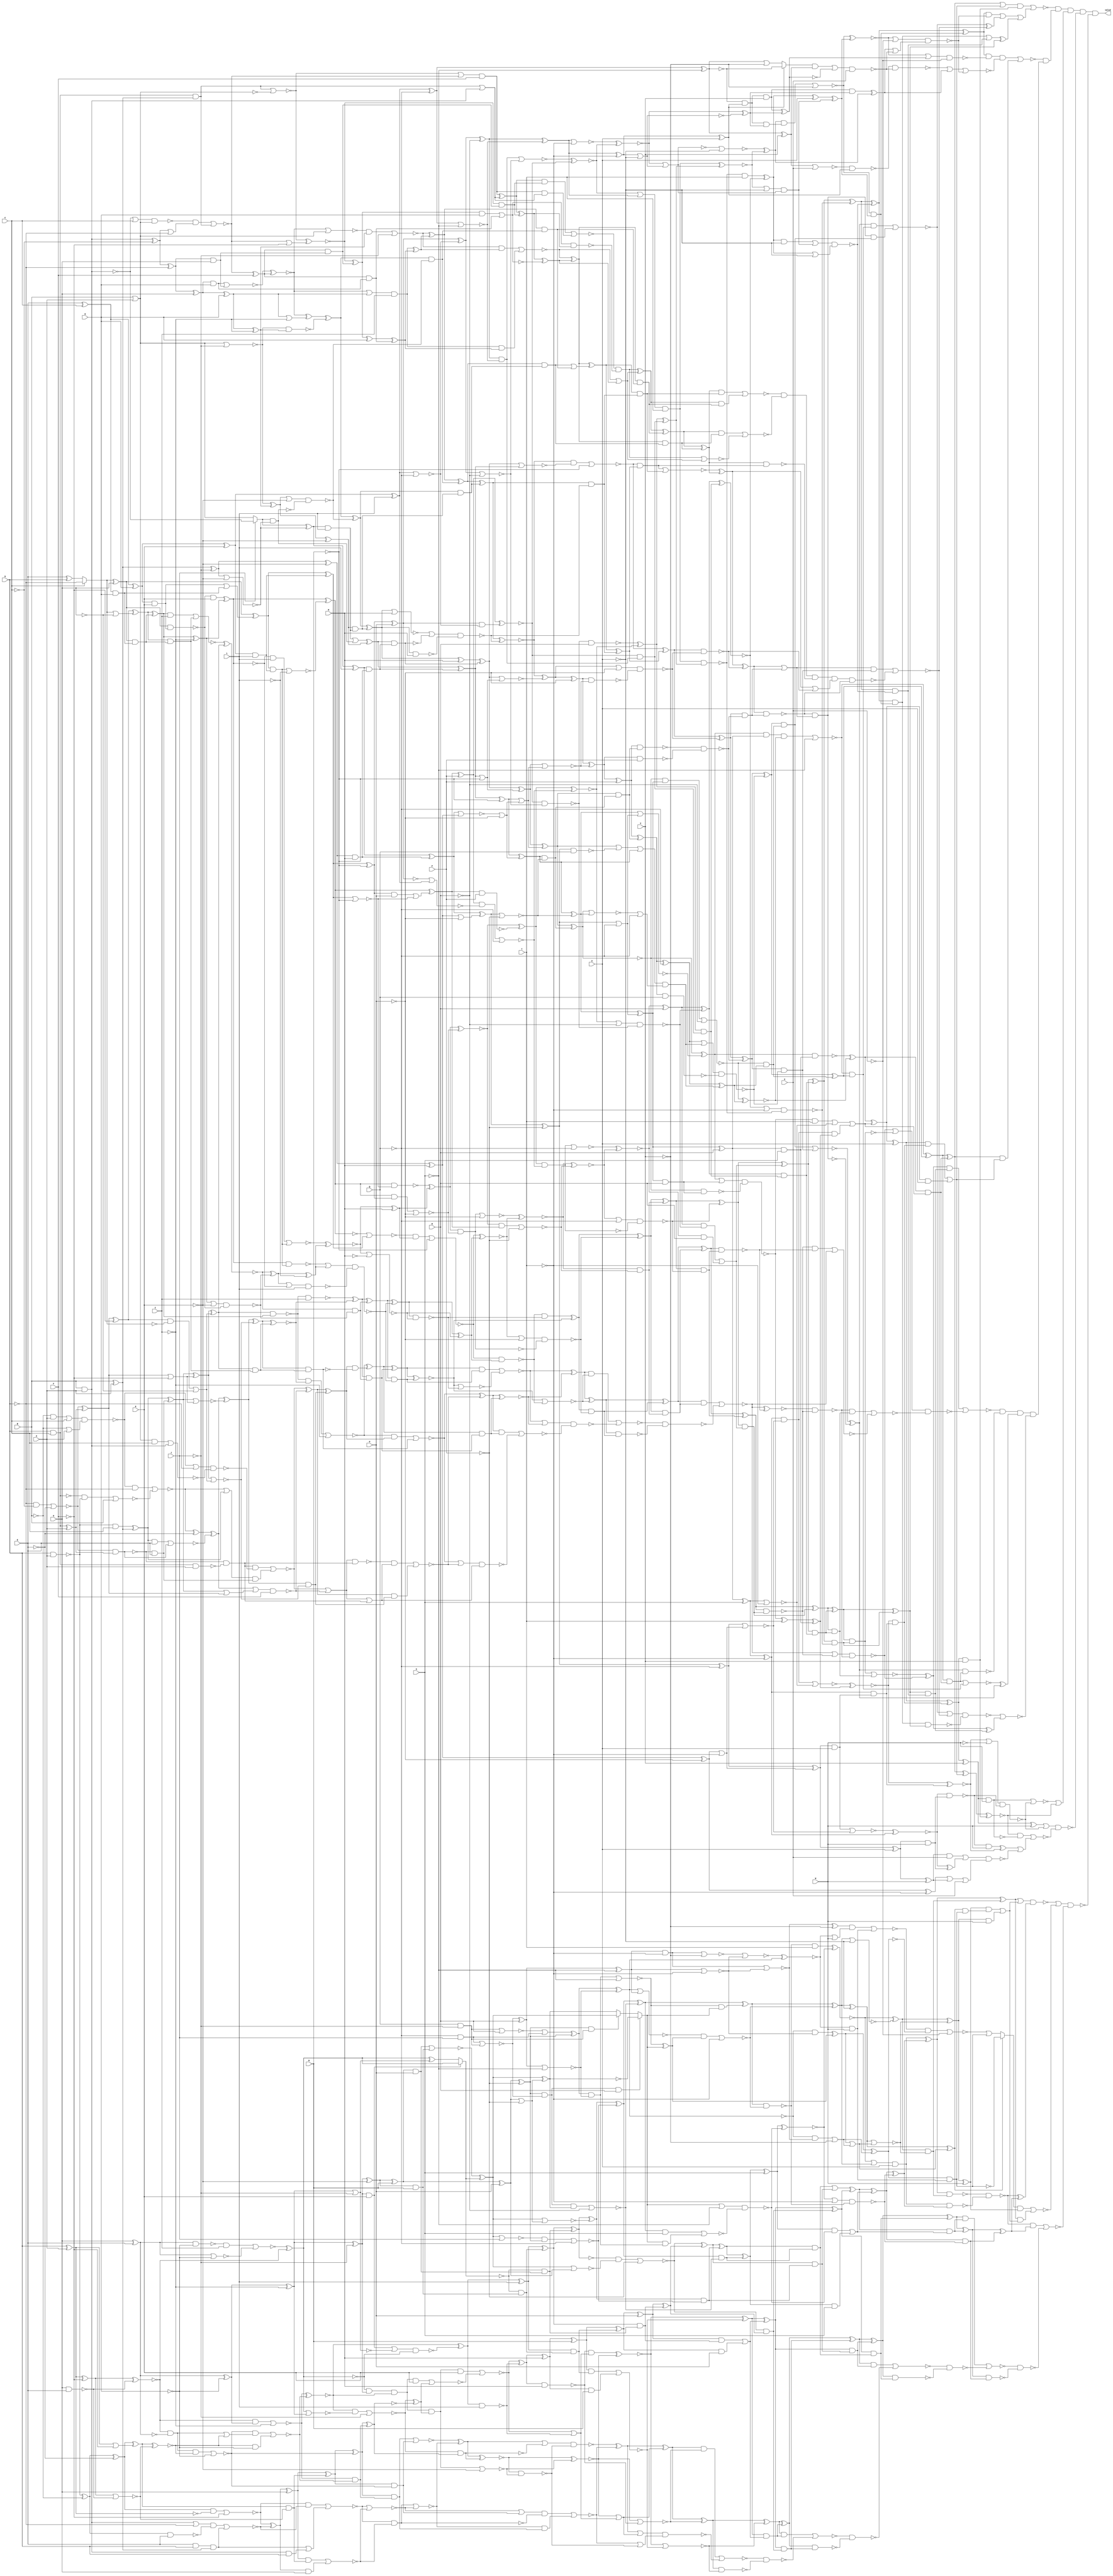
/* Generated by Yosys 0.7 (git sha1 61f6811, gcc 5.4.0-6ubuntu1~16.04.4 -O2 -fstack-protector-strong -fPIC -Os) */

(* top =  1  *)
(* src = "var24_multi.v:2" *)
module var24_multi(A, B, C, D, E, F, G, H, I, J, K, L, M, N, O, P, Q, R, S, T, U, V, W, X, valid);
  wire _0000_;
  wire _0001_;
  wire _0002_;
  wire _0003_;
  wire _0004_;
  wire _0005_;
  wire _0006_;
  wire _0007_;
  wire _0008_;
  wire _0009_;
  wire _0010_;
  wire _0011_;
  wire _0012_;
  wire _0013_;
  wire _0014_;
  wire _0015_;
  wire _0016_;
  wire _0017_;
  wire _0018_;
  wire _0019_;
  wire _0020_;
  wire _0021_;
  wire _0022_;
  wire _0023_;
  wire _0024_;
  wire _0025_;
  wire _0026_;
  wire _0027_;
  wire _0028_;
  wire _0029_;
  wire _0030_;
  wire _0031_;
  wire _0032_;
  wire _0033_;
  wire _0034_;
  wire _0035_;
  wire _0036_;
  wire _0037_;
  wire _0038_;
  wire _0039_;
  wire _0040_;
  wire _0041_;
  wire _0042_;
  wire _0043_;
  wire _0044_;
  wire _0045_;
  wire _0046_;
  wire _0047_;
  wire _0048_;
  wire _0049_;
  wire _0050_;
  wire _0051_;
  wire _0052_;
  wire _0053_;
  wire _0054_;
  wire _0055_;
  wire _0056_;
  wire _0057_;
  wire _0058_;
  wire _0059_;
  wire _0060_;
  wire _0061_;
  wire _0062_;
  wire _0063_;
  wire _0064_;
  wire _0065_;
  wire _0066_;
  wire _0067_;
  wire _0068_;
  wire _0069_;
  wire _0070_;
  wire _0071_;
  wire _0072_;
  wire _0073_;
  wire _0074_;
  wire _0075_;
  wire _0076_;
  wire _0077_;
  wire _0078_;
  wire _0079_;
  wire _0080_;
  wire _0081_;
  wire _0082_;
  wire _0083_;
  wire _0084_;
  wire _0085_;
  wire _0086_;
  wire _0087_;
  wire _0088_;
  wire _0089_;
  wire _0090_;
  wire _0091_;
  wire _0092_;
  wire _0093_;
  wire _0094_;
  wire _0095_;
  wire _0096_;
  wire _0097_;
  wire _0098_;
  wire _0099_;
  wire _0100_;
  wire _0101_;
  wire _0102_;
  wire _0103_;
  wire _0104_;
  wire _0105_;
  wire _0106_;
  wire _0107_;
  wire _0108_;
  wire _0109_;
  wire _0110_;
  wire _0111_;
  wire _0112_;
  wire _0113_;
  wire _0114_;
  wire _0115_;
  wire _0116_;
  wire _0117_;
  wire _0118_;
  wire _0119_;
  wire _0120_;
  wire _0121_;
  wire _0122_;
  wire _0123_;
  wire _0124_;
  wire _0125_;
  wire _0126_;
  wire _0127_;
  wire _0128_;
  wire _0129_;
  wire _0130_;
  wire _0131_;
  wire _0132_;
  wire _0133_;
  wire _0134_;
  wire _0135_;
  wire _0136_;
  wire _0137_;
  wire _0138_;
  wire _0139_;
  wire _0140_;
  wire _0141_;
  wire _0142_;
  wire _0143_;
  wire _0144_;
  wire _0145_;
  wire _0146_;
  wire _0147_;
  wire _0148_;
  wire _0149_;
  wire _0150_;
  wire _0151_;
  wire _0152_;
  wire _0153_;
  wire _0154_;
  wire _0155_;
  wire _0156_;
  wire _0157_;
  wire _0158_;
  wire _0159_;
  wire _0160_;
  wire _0161_;
  wire _0162_;
  wire _0163_;
  wire _0164_;
  wire _0165_;
  wire _0166_;
  wire _0167_;
  wire _0168_;
  wire _0169_;
  wire _0170_;
  wire _0171_;
  wire _0172_;
  wire _0173_;
  wire _0174_;
  wire _0175_;
  wire _0176_;
  wire _0177_;
  wire _0178_;
  wire _0179_;
  wire _0180_;
  wire _0181_;
  wire _0182_;
  wire _0183_;
  wire _0184_;
  wire _0185_;
  wire _0186_;
  wire _0187_;
  wire _0188_;
  wire _0189_;
  wire _0190_;
  wire _0191_;
  wire _0192_;
  wire _0193_;
  wire _0194_;
  wire _0195_;
  wire _0196_;
  wire _0197_;
  wire _0198_;
  wire _0199_;
  wire _0200_;
  wire _0201_;
  wire _0202_;
  wire _0203_;
  wire _0204_;
  wire _0205_;
  wire _0206_;
  wire _0207_;
  wire _0208_;
  wire _0209_;
  wire _0210_;
  wire _0211_;
  wire _0212_;
  wire _0213_;
  wire _0214_;
  wire _0215_;
  wire _0216_;
  wire _0217_;
  wire _0218_;
  wire _0219_;
  wire _0220_;
  wire _0221_;
  wire _0222_;
  wire _0223_;
  wire _0224_;
  wire _0225_;
  wire _0226_;
  wire _0227_;
  wire _0228_;
  wire _0229_;
  wire _0230_;
  wire _0231_;
  wire _0232_;
  wire _0233_;
  wire _0234_;
  wire _0235_;
  wire _0236_;
  wire _0237_;
  wire _0238_;
  wire _0239_;
  wire _0240_;
  wire _0241_;
  wire _0242_;
  wire _0243_;
  wire _0244_;
  wire _0245_;
  wire _0246_;
  wire _0247_;
  wire _0248_;
  wire _0249_;
  wire _0250_;
  wire _0251_;
  wire _0252_;
  wire _0253_;
  wire _0254_;
  wire _0255_;
  wire _0256_;
  wire _0257_;
  wire _0258_;
  wire _0259_;
  wire _0260_;
  wire _0261_;
  wire _0262_;
  wire _0263_;
  wire _0264_;
  wire _0265_;
  wire _0266_;
  wire _0267_;
  wire _0268_;
  wire _0269_;
  wire _0270_;
  wire _0271_;
  wire _0272_;
  wire _0273_;
  wire _0274_;
  wire _0275_;
  wire _0276_;
  wire _0277_;
  wire _0278_;
  wire _0279_;
  wire _0280_;
  wire _0281_;
  wire _0282_;
  wire _0283_;
  wire _0284_;
  wire _0285_;
  wire _0286_;
  wire _0287_;
  wire _0288_;
  wire _0289_;
  wire _0290_;
  wire _0291_;
  wire _0292_;
  wire _0293_;
  wire _0294_;
  wire _0295_;
  wire _0296_;
  wire _0297_;
  wire _0298_;
  wire _0299_;
  wire _0300_;
  wire _0301_;
  wire _0302_;
  wire _0303_;
  wire _0304_;
  wire _0305_;
  wire _0306_;
  wire _0307_;
  wire _0308_;
  wire _0309_;
  wire _0310_;
  wire _0311_;
  wire _0312_;
  wire _0313_;
  wire _0314_;
  wire _0315_;
  wire _0316_;
  wire _0317_;
  wire _0318_;
  wire _0319_;
  wire _0320_;
  wire _0321_;
  wire _0322_;
  wire _0323_;
  wire _0324_;
  wire _0325_;
  wire _0326_;
  wire _0327_;
  wire _0328_;
  wire _0329_;
  wire _0330_;
  wire _0331_;
  wire _0332_;
  wire _0333_;
  wire _0334_;
  wire _0335_;
  wire _0336_;
  wire _0337_;
  wire _0338_;
  wire _0339_;
  wire _0340_;
  wire _0341_;
  wire _0342_;
  wire _0343_;
  wire _0344_;
  wire _0345_;
  wire _0346_;
  wire _0347_;
  wire _0348_;
  wire _0349_;
  wire _0350_;
  wire _0351_;
  wire _0352_;
  wire _0353_;
  wire _0354_;
  wire _0355_;
  wire _0356_;
  wire _0357_;
  wire _0358_;
  wire _0359_;
  wire _0360_;
  wire _0361_;
  wire _0362_;
  wire _0363_;
  wire _0364_;
  wire _0365_;
  wire _0366_;
  wire _0367_;
  wire _0368_;
  wire _0369_;
  wire _0370_;
  wire _0371_;
  wire _0372_;
  wire _0373_;
  wire _0374_;
  wire _0375_;
  wire _0376_;
  wire _0377_;
  wire _0378_;
  wire _0379_;
  wire _0380_;
  wire _0381_;
  wire _0382_;
  wire _0383_;
  wire _0384_;
  wire _0385_;
  wire _0386_;
  wire _0387_;
  wire _0388_;
  wire _0389_;
  wire _0390_;
  wire _0391_;
  wire _0392_;
  wire _0393_;
  wire _0394_;
  wire _0395_;
  wire _0396_;
  wire _0397_;
  wire _0398_;
  wire _0399_;
  wire _0400_;
  wire _0401_;
  wire _0402_;
  wire _0403_;
  wire _0404_;
  wire _0405_;
  wire _0406_;
  wire _0407_;
  wire _0408_;
  wire _0409_;
  wire _0410_;
  wire _0411_;
  wire _0412_;
  wire _0413_;
  wire _0414_;
  wire _0415_;
  wire _0416_;
  wire _0417_;
  wire _0418_;
  wire _0419_;
  wire _0420_;
  wire _0421_;
  wire _0422_;
  wire _0423_;
  wire _0424_;
  wire _0425_;
  wire _0426_;
  wire _0427_;
  wire _0428_;
  wire _0429_;
  wire _0430_;
  wire _0431_;
  wire _0432_;
  wire _0433_;
  wire _0434_;
  wire _0435_;
  wire _0436_;
  wire _0437_;
  wire _0438_;
  wire _0439_;
  wire _0440_;
  wire _0441_;
  wire _0442_;
  wire _0443_;
  wire _0444_;
  wire _0445_;
  wire _0446_;
  wire _0447_;
  wire _0448_;
  wire _0449_;
  wire _0450_;
  wire _0451_;
  wire _0452_;
  wire _0453_;
  wire _0454_;
  wire _0455_;
  wire _0456_;
  wire _0457_;
  wire _0458_;
  wire _0459_;
  wire _0460_;
  wire _0461_;
  wire _0462_;
  wire _0463_;
  wire _0464_;
  wire _0465_;
  wire _0466_;
  wire _0467_;
  wire _0468_;
  wire _0469_;
  wire _0470_;
  wire _0471_;
  wire _0472_;
  wire _0473_;
  wire _0474_;
  wire _0475_;
  wire _0476_;
  wire _0477_;
  wire _0478_;
  wire _0479_;
  wire _0480_;
  wire _0481_;
  wire _0482_;
  wire _0483_;
  wire _0484_;
  wire _0485_;
  wire _0486_;
  wire _0487_;
  wire _0488_;
  wire _0489_;
  wire _0490_;
  wire _0491_;
  wire _0492_;
  wire _0493_;
  wire _0494_;
  wire _0495_;
  wire _0496_;
  wire _0497_;
  wire _0498_;
  wire _0499_;
  wire _0500_;
  wire _0501_;
  wire _0502_;
  wire _0503_;
  wire _0504_;
  wire _0505_;
  wire _0506_;
  wire _0507_;
  wire _0508_;
  wire _0509_;
  wire _0510_;
  wire _0511_;
  wire _0512_;
  wire _0513_;
  wire _0514_;
  wire _0515_;
  wire _0516_;
  wire _0517_;
  wire _0518_;
  wire _0519_;
  wire _0520_;
  wire _0521_;
  wire _0522_;
  wire _0523_;
  wire _0524_;
  wire _0525_;
  wire _0526_;
  wire _0527_;
  wire _0528_;
  wire _0529_;
  wire _0530_;
  wire _0531_;
  wire _0532_;
  wire _0533_;
  wire _0534_;
  wire _0535_;
  wire _0536_;
  wire _0537_;
  wire _0538_;
  wire _0539_;
  wire _0540_;
  wire _0541_;
  wire _0542_;
  wire _0543_;
  wire _0544_;
  wire _0545_;
  wire _0546_;
  wire _0547_;
  wire _0548_;
  wire _0549_;
  wire _0550_;
  wire _0551_;
  wire _0552_;
  wire _0553_;
  wire _0554_;
  wire _0555_;
  wire _0556_;
  wire _0557_;
  wire _0558_;
  wire _0559_;
  wire _0560_;
  wire _0561_;
  wire _0562_;
  wire _0563_;
  wire _0564_;
  wire _0565_;
  wire _0566_;
  wire _0567_;
  wire _0568_;
  wire _0569_;
  wire _0570_;
  wire _0571_;
  wire _0572_;
  wire _0573_;
  wire _0574_;
  wire _0575_;
  wire _0576_;
  wire _0577_;
  wire _0578_;
  wire _0579_;
  wire _0580_;
  wire _0581_;
  wire _0582_;
  wire _0583_;
  wire _0584_;
  wire _0585_;
  wire _0586_;
  wire _0587_;
  wire _0588_;
  wire _0589_;
  wire _0590_;
  wire _0591_;
  wire _0592_;
  wire _0593_;
  wire _0594_;
  wire _0595_;
  wire _0596_;
  wire _0597_;
  wire _0598_;
  wire _0599_;
  wire _0600_;
  wire _0601_;
  wire _0602_;
  wire _0603_;
  wire _0604_;
  wire _0605_;
  wire _0606_;
  wire _0607_;
  wire _0608_;
  wire _0609_;
  wire _0610_;
  wire _0611_;
  wire _0612_;
  wire _0613_;
  wire _0614_;
  wire _0615_;
  wire _0616_;
  wire _0617_;
  wire _0618_;
  wire _0619_;
  wire _0620_;
  wire _0621_;
  wire _0622_;
  wire _0623_;
  wire _0624_;
  wire _0625_;
  wire _0626_;
  wire _0627_;
  wire _0628_;
  wire _0629_;
  wire _0630_;
  wire _0631_;
  wire _0632_;
  wire _0633_;
  wire _0634_;
  wire _0635_;
  wire _0636_;
  wire _0637_;
  wire _0638_;
  wire _0639_;
  wire _0640_;
  wire _0641_;
  wire _0642_;
  wire _0643_;
  wire _0644_;
  wire _0645_;
  wire _0646_;
  wire _0647_;
  wire _0648_;
  wire _0649_;
  wire _0650_;
  wire _0651_;
  wire _0652_;
  wire _0653_;
  wire _0654_;
  wire _0655_;
  wire _0656_;
  wire _0657_;
  wire _0658_;
  wire _0659_;
  wire _0660_;
  wire _0661_;
  wire _0662_;
  wire _0663_;
  wire _0664_;
  wire _0665_;
  wire _0666_;
  wire _0667_;
  wire _0668_;
  wire _0669_;
  wire _0670_;
  wire _0671_;
  wire _0672_;
  wire _0673_;
  wire _0674_;
  wire _0675_;
  wire _0676_;
  wire _0677_;
  wire _0678_;
  wire _0679_;
  wire _0680_;
  wire _0681_;
  wire _0682_;
  wire _0683_;
  wire _0684_;
  wire _0685_;
  wire _0686_;
  wire _0687_;
  wire _0688_;
  wire _0689_;
  wire _0690_;
  wire _0691_;
  wire _0692_;
  wire _0693_;
  wire _0694_;
  wire _0695_;
  wire _0696_;
  wire _0697_;
  wire _0698_;
  wire _0699_;
  wire _0700_;
  wire _0701_;
  wire _0702_;
  wire _0703_;
  wire _0704_;
  wire _0705_;
  wire _0706_;
  wire _0707_;
  wire _0708_;
  wire _0709_;
  wire _0710_;
  wire _0711_;
  wire _0712_;
  wire _0713_;
  wire _0714_;
  wire _0715_;
  wire _0716_;
  wire _0717_;
  wire _0718_;
  wire _0719_;
  wire _0720_;
  wire _0721_;
  wire _0722_;
  wire _0723_;
  wire _0724_;
  wire _0725_;
  wire _0726_;
  wire _0727_;
  wire _0728_;
  wire _0729_;
  wire _0730_;
  wire _0731_;
  wire _0732_;
  wire _0733_;
  wire _0734_;
  wire _0735_;
  wire _0736_;
  wire _0737_;
  wire _0738_;
  wire _0739_;
  wire _0740_;
  wire _0741_;
  wire _0742_;
  wire _0743_;
  wire _0744_;
  wire _0745_;
  wire _0746_;
  wire _0747_;
  wire _0748_;
  wire _0749_;
  wire _0750_;
  wire _0751_;
  wire _0752_;
  wire _0753_;
  wire _0754_;
  wire _0755_;
  wire _0756_;
  wire _0757_;
  wire _0758_;
  wire _0759_;
  wire _0760_;
  wire _0761_;
  wire _0762_;
  wire _0763_;
  wire _0764_;
  wire _0765_;
  wire _0766_;
  wire _0767_;
  wire _0768_;
  wire _0769_;
  wire _0770_;
  wire _0771_;
  wire _0772_;
  wire _0773_;
  wire _0774_;
  wire _0775_;
  wire _0776_;
  wire _0777_;
  wire _0778_;
  wire _0779_;
  wire _0780_;
  wire _0781_;
  wire _0782_;
  wire _0783_;
  wire _0784_;
  wire _0785_;
  wire _0786_;
  wire _0787_;
  wire _0788_;
  wire _0789_;
  wire _0790_;
  wire _0791_;
  wire _0792_;
  wire _0793_;
  wire _0794_;
  wire _0795_;
  wire _0796_;
  wire _0797_;
  wire _0798_;
  wire _0799_;
  wire _0800_;
  wire _0801_;
  wire _0802_;
  wire _0803_;
  wire _0804_;
  wire _0805_;
  wire _0806_;
  wire _0807_;
  wire _0808_;
  wire _0809_;
  wire _0810_;
  (* src = "var24_multi.v:3" *)
  input A;
  (* src = "var24_multi.v:3" *)
  input B;
  (* src = "var24_multi.v:3" *)
  input C;
  (* src = "var24_multi.v:3" *)
  input D;
  (* src = "var24_multi.v:3" *)
  input E;
  (* src = "var24_multi.v:3" *)
  input F;
  (* src = "var24_multi.v:3" *)
  input G;
  (* src = "var24_multi.v:3" *)
  input H;
  (* src = "var24_multi.v:3" *)
  input I;
  (* src = "var24_multi.v:3" *)
  input J;
  (* src = "var24_multi.v:3" *)
  input K;
  (* src = "var24_multi.v:3" *)
  input L;
  (* src = "var24_multi.v:3" *)
  input M;
  (* src = "var24_multi.v:3" *)
  input N;
  (* src = "var24_multi.v:3" *)
  input O;
  (* src = "var24_multi.v:3" *)
  input P;
  (* src = "var24_multi.v:3" *)
  input Q;
  (* src = "var24_multi.v:3" *)
  input R;
  (* src = "var24_multi.v:3" *)
  input S;
  (* src = "var24_multi.v:3" *)
  input T;
  (* src = "var24_multi.v:3" *)
  input U;
  (* src = "var24_multi.v:3" *)
  input V;
  (* src = "var24_multi.v:3" *)
  input W;
  (* src = "var24_multi.v:3" *)
  input X;
  (* src = "var24_multi.v:4" *)
  output valid;
  assign _0160_ = ~V;
  assign _0171_ = ~T;
  assign _0182_ = ~S;
  assign _0193_ = ~J;
  assign _0204_ = Q & _0193_;
  assign _0215_ = ~Q;
  assign _0226_ = _0215_ & J;
  assign _0237_ = ~(_0226_ | _0204_);
  assign _0258_ = _0237_ ^ R;
  assign _0259_ = _0258_ ^ _0182_;
  assign _0270_ = ~(_0259_ | _0171_);
  assign _0281_ = _0259_ & _0171_;
  assign _0292_ = ~(_0281_ | _0270_);
  assign _0303_ = ~(_0258_ | _0182_);
  assign _0314_ = ~P;
  assign _0335_ = ~K;
  assign _0336_ = ~I;
  assign _0347_ = ~H;
  assign _0358_ = G ^ E;
  assign _0369_ = _0358_ ^ _0347_;
  assign _0380_ = _0369_ ^ _0336_;
  assign _0391_ = _0380_ ^ _0193_;
  assign _0402_ = _0391_ ^ _0335_;
  assign _0413_ = _0402_ ^ N;
  assign _0424_ = _0413_ ^ O;
  assign _0435_ = _0424_ ^ _0314_;
  assign _0446_ = ~(_0204_ | R);
  assign _0457_ = _0446_ | _0226_;
  assign _0468_ = _0457_ ^ _0435_;
  assign _0479_ = _0468_ ^ _0303_;
  assign _0490_ = ~_0479_;
  assign _0501_ = ~((_0490_ & _0292_) | _0160_);
  assign _0512_ = ~_0501_;
  assign _0523_ = ~(_0424_ | _0314_);
  assign _0534_ = ~_0523_;
  assign _0545_ = _0391_ & K;
  assign _0556_ = ~(G & E);
  assign _0567_ = ~F;
  assign _0578_ = D ^ A;
  assign _0589_ = _0578_ ^ _0567_;
  assign _0610_ = ~(_0589_ ^ _0556_);
  assign _0611_ = ~(_0358_ | _0347_);
  assign _0622_ = ~(_0358_ & _0347_);
  assign _0633_ = ~((_0622_ & I) | _0611_);
  assign _0644_ = _0633_ ^ _0610_;
  assign _0655_ = _0380_ | _0193_;
  assign _0666_ = _0644_ ^ _0655_;
  assign _0677_ = _0545_ ? _0644_ : _0666_;
  assign _0688_ = _0402_ & N;
  assign _0699_ = _0413_ & O;
  assign _0710_ = ~(_0699_ | _0688_);
  assign _0721_ = _0710_ ^ _0677_;
  assign _0732_ = _0721_ ^ _0534_;
  assign _0743_ = ~_0732_;
  assign _0754_ = _0435_ & _0237_;
  assign _0765_ = _0754_ & R;
  assign _0776_ = _0435_ & _0204_;
  assign _0787_ = _0776_ ? _0721_ : _0732_;
  assign _0795_ = _0765_ ? _0743_ : _0787_;
  assign _0796_ = _0468_ & _0303_;
  assign _0797_ = ~(_0796_ | _0182_);
  assign _0798_ = _0797_ ^ _0795_;
  assign _0799_ = _0490_ & _0270_;
  assign _0800_ = _0799_ ^ _0798_;
  assign _0801_ = _0800_ | _0512_;
  assign _0802_ = ~U;
  assign _0803_ = ~(_0479_ | _0259_);
  assign _0804_ = ~((_0803_ & _0798_) | _0171_);
  assign _0805_ = _0797_ & _0795_;
  assign _0806_ = ~R;
  assign _0807_ = ~((_0754_ & _0732_) | _0806_);
  assign _0808_ = ~(_0721_ | J);
  assign _0809_ = ~((_0808_ & _0435_) | _0215_);
  assign _0810_ = ~(_0721_ | _0534_);
  assign _0000_ = ~_0677_;
  assign _0001_ = _0000_ & _0699_;
  assign _0002_ = _0000_ & _0688_;
  assign _0003_ = ~_0644_;
  assign _0004_ = ~_0655_;
  assign _0005_ = _0545_ | _0004_;
  assign _0006_ = ~(_0005_ & _0003_);
  assign _0007_ = ~(_0589_ | _0556_);
  assign _0008_ = _0578_ | _0567_;
  assign _0009_ = ~E;
  assign _0010_ = ~B;
  assign _0011_ = ~(D & A);
  assign _0012_ = _0011_ ^ _0010_;
  assign _0013_ = _0012_ ^ _0009_;
  assign _0014_ = _0013_ ^ _0008_;
  assign _0015_ = ~(_0014_ ^ _0007_);
  assign _0016_ = ~_0358_;
  assign _0017_ = _0610_ & _0016_;
  assign _0018_ = _0017_ | _0015_;
  assign _0019_ = ~((_0017_ & _0015_) | _0347_);
  assign _0020_ = ~((_0019_ & _0018_) | (_0015_ & _0347_));
  assign _0021_ = ~((_0610_ & _0369_) | _0336_);
  assign _0022_ = ~(_0021_ ^ _0020_);
  assign _0023_ = _0022_ ^ _0006_;
  assign _0024_ = _0023_ ^ L;
  assign _0025_ = _0024_ ^ _0002_;
  assign _0026_ = _0025_ ^ _0001_;
  assign _0027_ = _0026_ ^ _0810_;
  assign _0028_ = _0027_ ^ _0809_;
  assign _0029_ = _0028_ ^ _0807_;
  assign _0030_ = _0029_ ^ _0805_;
  assign _0031_ = _0030_ ^ _0804_;
  assign _0032_ = _0031_ ^ _0802_;
  assign _0033_ = ~(_0032_ | _0801_);
  assign _0034_ = ~(_0031_ | _0802_);
  assign _0035_ = ~((_0029_ & S) | (_0795_ & _0796_));
  assign _0036_ = ~((_0795_ | _0182_) & _0035_);
  assign _0037_ = _0028_ & _0807_;
  assign _0038_ = _0027_ & _0809_;
  assign _0039_ = _0025_ & _0001_;
  assign _0040_ = _0024_ & _0002_;
  assign _0041_ = ~(_0023_ & L);
  assign _0042_ = _0021_ & _0020_;
  assign _0043_ = _0014_ & _0007_;
  assign _0044_ = ~(_0012_ & E);
  assign _0045_ = B ^ A;
  assign _0046_ = E & D;
  assign _0047_ = _0046_ & _0045_;
  assign _0048_ = ~D;
  assign _0049_ = B & A;
  assign _0050_ = _0049_ | _0048_;
  assign _0051_ = ~((_0050_ & _0044_) | _0047_);
  assign _0052_ = ~_0578_;
  assign _0053_ = ~((_0013_ & _0052_) | _0567_);
  assign _0054_ = _0053_ ^ _0051_;
  assign _0055_ = _0054_ ^ G;
  assign _0056_ = _0055_ ^ _0043_;
  assign _0057_ = _0056_ ^ _0019_;
  assign _0058_ = ~(_0057_ ^ _0042_);
  assign _0059_ = ~(_0644_ | _0380_);
  assign _0060_ = ~((_0022_ & _0059_) | _0193_);
  assign _0061_ = _0060_ ^ _0058_;
  assign _0062_ = _0003_ & _0391_;
  assign _0063_ = _0062_ & _0022_;
  assign _0064_ = _0063_ & _0061_;
  assign _0065_ = ~((_0063_ & K) | _0061_);
  assign _0066_ = ~((_0064_ & K) | _0065_);
  assign _0067_ = _0066_ ^ _0041_;
  assign _0068_ = _0067_ ^ M;
  assign _0069_ = _0068_ ^ N;
  assign _0070_ = _0069_ ^ _0040_;
  assign _0071_ = _0070_ ^ O;
  assign _0072_ = _0071_ ^ _0039_;
  assign _0073_ = ~(_0721_ | _0424_);
  assign _0074_ = ~_0026_;
  assign _0075_ = ~((_0074_ & _0073_) | _0314_);
  assign _0076_ = _0075_ ^ _0072_;
  assign _0077_ = _0076_ ^ _0038_;
  assign _0078_ = _0077_ ^ _0037_;
  assign _0079_ = _0078_ ^ S;
  assign _0080_ = ~(_0079_ ^ _0036_);
  assign _0081_ = ~(_0030_ & _0804_);
  assign _0082_ = _0081_ & T;
  assign _0083_ = ~(_0082_ ^ _0080_);
  assign _0084_ = _0083_ ^ _0034_;
  assign _0085_ = _0084_ ^ _0033_;
  assign _0086_ = _0085_ ^ W;
  assign _0087_ = _0085_ & W;
  assign _0088_ = ~(_0281_ | _0160_);
  assign _0089_ = ~(_0088_ | _0270_);
  assign _0090_ = ~(_0089_ ^ _0479_);
  assign _0091_ = _0090_ & W;
  assign _0092_ = _0800_ ^ _0512_;
  assign _0093_ = _0092_ & _0091_;
  assign _0094_ = _0032_ ^ _0801_;
  assign _0095_ = _0094_ & _0093_;
  assign _0096_ = _0086_ & _0095_;
  assign _0097_ = _0096_ | _0087_;
  assign _0098_ = _0084_ & _0033_;
  assign _0099_ = ~((_0080_ | _0171_) & _0081_);
  assign _0100_ = _0078_ & S;
  assign _0101_ = _0079_ & _0036_;
  assign _0102_ = _0101_ | _0100_;
  assign _0103_ = _0075_ & _0072_;
  assign _0104_ = _0070_ & O;
  assign _0105_ = _0071_ & _0039_;
  assign _0106_ = _0105_ | _0104_;
  assign _0107_ = _0068_ & N;
  assign _0108_ = ~((_0069_ & _0040_) | _0107_);
  assign _0109_ = ~(_0064_ | _0335_);
  assign _0110_ = ~_0058_;
  assign _0111_ = _0060_ & _0110_;
  assign _0112_ = _0054_ & G;
  assign _0113_ = ~((_0055_ & _0043_) | _0112_);
  assign _0114_ = _0049_ & D;
  assign _0115_ = _0047_ | _0114_;
  assign _0116_ = ~((_0053_ & _0051_) | _0115_);
  assign _0117_ = ~(_0116_ | _0113_);
  assign _0118_ = _0116_ & _0113_;
  assign _0119_ = ~(_0118_ | _0117_);
  assign _0120_ = _0056_ & _0019_;
  assign _0121_ = _0057_ & _0042_;
  assign _0122_ = ~(_0121_ | _0120_);
  assign _0123_ = _0122_ ^ _0119_;
  assign _0124_ = ~(_0123_ ^ _0111_);
  assign _0125_ = ~(_0124_ ^ _0109_);
  assign _0126_ = _0066_ | _0041_;
  assign _0127_ = ~(_0067_ & M);
  assign _0128_ = _0127_ & _0126_;
  assign _0129_ = ~(_0128_ ^ _0125_);
  assign _0130_ = _0129_ ^ _0108_;
  assign _0131_ = _0130_ ^ _0106_;
  assign _0132_ = _0131_ ^ _0103_;
  assign _0133_ = _0076_ & _0038_;
  assign _0134_ = _0077_ & _0037_;
  assign _0135_ = _0134_ | _0133_;
  assign _0136_ = _0135_ ^ _0132_;
  assign _0137_ = _0136_ ^ _0102_;
  assign _0138_ = _0137_ ^ _0099_;
  assign _0139_ = _0083_ | _0031_;
  assign _0140_ = _0139_ & U;
  assign _0141_ = _0140_ ^ _0138_;
  assign _0142_ = _0141_ ^ _0098_;
  assign _0143_ = ~_0093_;
  assign _0144_ = ~X;
  assign _0145_ = ~_0092_;
  assign _0146_ = _0090_ | W;
  assign _0147_ = _0292_ ^ _0160_;
  assign _0148_ = ~((_0147_ & _0146_) | _0091_);
  assign _0149_ = ~((_0148_ & _0145_) | _0144_);
  assign _0150_ = _0149_ | _0093_;
  assign _0151_ = _0094_ ? _0143_ : _0150_;
  assign _0152_ = ~((_0151_ & _0086_) | (_0142_ & _0097_));
  assign _0153_ = _0137_ & _0099_;
  assign _0154_ = _0136_ & _0102_;
  assign _0155_ = _0132_ & _0134_;
  assign _0156_ = _0131_ & _0133_;
  assign _0157_ = _0131_ & _0103_;
  assign _0158_ = _0130_ & _0106_;
  assign _0159_ = ~(_0129_ | _0108_);
  assign _0161_ = ~(_0125_ | _0127_);
  assign _0162_ = _0125_ | _0126_;
  assign _0163_ = ~_0118_;
  assign _0164_ = _0117_ | _0120_;
  assign _0165_ = ~((_0164_ & _0163_) | (_0119_ & _0121_));
  assign _0166_ = ~_0111_;
  assign _0167_ = ~(_0124_ & _0109_);
  assign _0168_ = ~((_0123_ | _0166_) & _0167_);
  assign _0169_ = _0168_ ^ _0165_;
  assign _0170_ = _0169_ ^ _0162_;
  assign _0172_ = _0170_ ^ _0161_;
  assign _0173_ = _0172_ ^ _0159_;
  assign _0174_ = _0173_ ^ _0158_;
  assign _0175_ = _0174_ ^ _0157_;
  assign _0176_ = _0175_ ^ _0156_;
  assign _0177_ = _0176_ ^ _0155_;
  assign _0178_ = _0177_ ^ _0154_;
  assign _0179_ = _0178_ ^ _0153_;
  assign _0180_ = ~(_0140_ & _0138_);
  assign _0181_ = ~(_0141_ & _0098_);
  assign _0183_ = ~(_0181_ & _0180_);
  assign _0184_ = _0183_ ^ _0179_;
  assign _0185_ = ~((_0142_ | _0097_) & _0184_);
  assign _0186_ = ~(_0178_ & _0153_);
  assign _0187_ = ~(_0176_ & _0155_);
  assign _0188_ = ~(_0174_ & _0157_);
  assign _0189_ = ~(_0172_ & _0159_);
  assign _0190_ = ~((_0169_ | _0162_) & (_0165_ | _0167_));
  assign _0191_ = ~((_0170_ & _0161_) | _0190_);
  assign _0192_ = ~(_0191_ & _0189_);
  assign _0194_ = ~((_0173_ & _0158_) | _0192_);
  assign _0195_ = ~(_0194_ & _0188_);
  assign _0196_ = ~((_0175_ & _0156_) | _0195_);
  assign _0197_ = ~(_0196_ & _0187_);
  assign _0198_ = ~((_0177_ & _0154_) | _0197_);
  assign _0199_ = ~(_0198_ & _0186_);
  assign _0200_ = ~((_0183_ & _0179_) | _0199_);
  assign _0201_ = ~((_0185_ | _0152_) & _0200_);
  assign _0202_ = ~W;
  assign _0203_ = ~O;
  assign _0205_ = _0045_ ^ _0193_;
  assign _0206_ = _0205_ ^ _0335_;
  assign _0207_ = _0206_ ^ M;
  assign _0208_ = _0207_ ^ _0203_;
  assign _0209_ = _0208_ | _0171_;
  assign _0210_ = _0207_ | _0203_;
  assign _0211_ = _0206_ & M;
  assign _0212_ = ~(_0205_ | _0335_);
  assign _0213_ = ~(B & A);
  assign _0214_ = B | A;
  assign _0216_ = J ? _0213_ : _0214_;
  assign _0217_ = _0216_ ^ _0212_;
  assign _0218_ = _0217_ ^ L;
  assign _0219_ = _0218_ ^ _0211_;
  assign _0220_ = _0219_ ^ _0210_;
  assign _0221_ = _0220_ ^ _0314_;
  assign _0222_ = _0221_ ^ _0215_;
  assign _0223_ = _0222_ ^ _0209_;
  assign _0224_ = _0223_ ^ U;
  assign _0225_ = _0224_ & W;
  assign _0227_ = _0221_ | _0215_;
  assign _0228_ = ~(_0220_ | _0314_);
  assign _0229_ = ~(_0219_ | _0207_);
  assign _0230_ = ~(_0229_ | _0203_);
  assign _0231_ = ~_0230_;
  assign _0232_ = ~N;
  assign _0233_ = _0218_ & _0211_;
  assign _0234_ = ~C;
  assign _0235_ = _0049_ ^ _0234_;
  assign _0236_ = _0235_ ^ _0048_;
  assign _0238_ = _0236_ ^ G;
  assign _0239_ = _0238_ ^ H;
  assign _0240_ = _0239_ ^ _0336_;
  assign _0241_ = ~(_0214_ | _0193_);
  assign _0242_ = _0241_ ^ _0240_;
  assign _0243_ = _0242_ ^ _0335_;
  assign _0244_ = _0216_ & _0212_;
  assign _0245_ = _0217_ & L;
  assign _0246_ = _0245_ | _0244_;
  assign _0247_ = _0246_ ^ _0243_;
  assign _0248_ = _0247_ ^ _0233_;
  assign _0249_ = _0248_ ^ _0232_;
  assign _0250_ = _0249_ ^ _0231_;
  assign _0251_ = _0250_ ^ _0228_;
  assign _0252_ = _0251_ ^ _0227_;
  assign _0253_ = _0252_ ^ R;
  assign _0254_ = _0253_ ^ S;
  assign _0255_ = _0254_ ^ _0171_;
  assign _0256_ = ~(_0222_ | _0209_);
  assign _0257_ = _0223_ & U;
  assign _0260_ = ~(_0257_ | _0256_);
  assign _0261_ = ~(_0260_ ^ _0255_);
  assign _0262_ = ~(_0261_ & _0225_);
  assign _0263_ = _0255_ & _0257_;
  assign _0264_ = _0253_ & S;
  assign _0265_ = _0252_ & R;
  assign _0266_ = ~(_0251_ | _0227_);
  assign _0267_ = _0250_ & _0228_;
  assign _0268_ = _0249_ | _0231_;
  assign _0269_ = _0248_ | _0232_;
  assign _0271_ = _0247_ & _0233_;
  assign _0272_ = _0243_ & _0245_;
  assign _0273_ = ~_0244_;
  assign _0274_ = ~((_0242_ | _0335_) & _0273_);
  assign _0275_ = ~(_0241_ & _0240_);
  assign _0276_ = _0239_ | _0336_;
  assign _0277_ = _0235_ | _0048_;
  assign _0278_ = D & C;
  assign _0279_ = _0278_ & _0045_;
  assign _0280_ = ~((_0213_ | C) & _0214_);
  assign _0282_ = ~((_0280_ & _0277_) | _0279_);
  assign _0283_ = _0282_ ^ F;
  assign _0284_ = _0236_ & G;
  assign _0285_ = _0238_ & H;
  assign _0286_ = ~(_0285_ | _0284_);
  assign _0287_ = ~(_0286_ ^ _0283_);
  assign _0288_ = _0287_ ^ _0276_;
  assign _0289_ = _0288_ ^ _0275_;
  assign _0290_ = _0289_ ^ _0274_;
  assign _0291_ = _0290_ ^ _0272_;
  assign _0293_ = _0291_ ^ M;
  assign _0294_ = _0293_ ^ _0271_;
  assign _0295_ = _0294_ ^ _0269_;
  assign _0296_ = _0295_ ^ _0268_;
  assign _0297_ = ~(_0296_ ^ _0267_);
  assign _0298_ = _0297_ ^ _0266_;
  assign _0299_ = ~(_0297_ & _0265_);
  assign _0300_ = ~((_0298_ | _0265_) & _0299_);
  assign _0301_ = _0300_ ^ T;
  assign _0302_ = _0301_ ^ _0264_;
  assign _0304_ = ~(_0254_ | _0171_);
  assign _0305_ = _0255_ & _0256_;
  assign _0306_ = ~(_0305_ | _0304_);
  assign _0307_ = ~(_0306_ ^ _0302_);
  assign _0308_ = ~(_0307_ ^ _0263_);
  assign _0309_ = ~((_0308_ | _0202_) & _0262_);
  assign _0310_ = _0307_ & _0263_;
  assign _0311_ = _0305_ & _0302_;
  assign _0312_ = _0300_ & T;
  assign _0313_ = _0312_ | _0304_;
  assign _0315_ = _0313_ | _0311_;
  assign _0316_ = _0296_ ^ _0267_;
  assign _0317_ = ~(_0316_ | _0251_);
  assign _0318_ = _0317_ | _0215_;
  assign _0319_ = ~(_0221_ & Q);
  assign _0320_ = _0296_ | _0319_;
  assign _0321_ = _0320_ | _0250_;
  assign _0322_ = _0321_ & _0318_;
  assign _0323_ = _0296_ & _0267_;
  assign _0324_ = ~(_0295_ | _0268_);
  assign _0325_ = ~(_0294_ | _0269_);
  assign _0326_ = ~_0271_;
  assign _0327_ = ~(_0291_ & M);
  assign _0328_ = ~(_0291_ | M);
  assign _0329_ = ~((_0328_ | _0326_) & _0327_);
  assign _0330_ = _0290_ & _0272_;
  assign _0331_ = _0289_ & _0274_;
  assign _0332_ = _0283_ & _0285_;
  assign _0333_ = _0283_ & _0284_;
  assign _0334_ = _0282_ | _0567_;
  assign _0337_ = ~_0214_;
  assign _0338_ = ~(_0279_ | _0337_);
  assign _0339_ = ~(_0338_ ^ _0334_);
  assign _0340_ = _0339_ ^ _0333_;
  assign _0341_ = _0340_ ^ H;
  assign _0342_ = _0341_ ^ _0332_;
  assign _0343_ = _0287_ | _0239_;
  assign _0344_ = _0343_ & I;
  assign _0345_ = _0344_ ^ _0342_;
  assign _0346_ = ~(_0287_ | _0214_);
  assign _0348_ = ~((_0346_ & _0240_) | _0193_);
  assign _0349_ = _0348_ ^ _0345_;
  assign _0350_ = _0349_ ^ _0331_;
  assign _0351_ = _0350_ ^ _0330_;
  assign _0352_ = ~(_0351_ ^ _0329_);
  assign _0353_ = _0352_ ^ _0325_;
  assign _0354_ = _0353_ ^ _0203_;
  assign _0355_ = _0354_ ^ _0324_;
  assign _0356_ = _0355_ ^ P;
  assign _0357_ = _0356_ ^ _0323_;
  assign _0359_ = _0357_ ^ _0215_;
  assign _0360_ = _0359_ ^ _0322_;
  assign _0361_ = ~((_0297_ & _0252_) | _0806_);
  assign _0362_ = ~(_0361_ ^ _0360_);
  assign _0363_ = ~(_0298_ & _0264_);
  assign _0364_ = _0363_ ^ _0362_;
  assign _0365_ = _0364_ ^ _0315_;
  assign _0366_ = _0365_ ^ U;
  assign _0367_ = _0366_ ^ _0310_;
  assign _0368_ = _0367_ ^ V;
  assign _0370_ = _0368_ ^ W;
  assign _0371_ = _0368_ & W;
  assign _0372_ = ~_0371_;
  assign _0373_ = _0367_ & V;
  assign _0374_ = _0365_ & U;
  assign _0375_ = _0366_ & _0310_;
  assign _0376_ = _0375_ | _0374_;
  assign _0377_ = _0364_ & _0315_;
  assign _0378_ = _0361_ & _0360_;
  assign _0379_ = ~(_0357_ & Q);
  assign _0381_ = ~((_0359_ | _0322_) & _0379_);
  assign _0382_ = ~(_0355_ & P);
  assign _0383_ = ~(_0356_ & _0323_);
  assign _0384_ = ~(_0383_ & _0382_);
  assign _0385_ = ~(_0354_ & _0324_);
  assign _0386_ = ~((_0353_ | _0203_) & _0385_);
  assign _0387_ = _0351_ & _0329_;
  assign _0388_ = _0349_ & _0331_;
  assign _0389_ = _0350_ & _0330_;
  assign _0390_ = _0389_ | _0388_;
  assign _0392_ = _0340_ & H;
  assign _0393_ = ~(_0392_ | _0332_);
  assign _0394_ = _0339_ & _0333_;
  assign _0395_ = _0279_ | _0049_;
  assign _0396_ = _0338_ | _0282_;
  assign _0397_ = _0396_ & F;
  assign _0398_ = _0397_ ^ _0395_;
  assign _0399_ = _0398_ ^ _0394_;
  assign _0400_ = _0399_ ^ _0393_;
  assign _0401_ = _0344_ & _0342_;
  assign _0403_ = ~((_0348_ & _0345_) | _0401_);
  assign _0404_ = _0403_ ^ _0400_;
  assign _0405_ = _0404_ ^ _0390_;
  assign _0406_ = _0405_ ^ _0387_;
  assign _0407_ = ~(_0294_ | _0248_);
  assign _0408_ = ~((_0352_ & _0407_) | _0232_);
  assign _0409_ = _0408_ ^ _0406_;
  assign _0410_ = _0409_ ^ _0386_;
  assign _0411_ = _0410_ ^ _0384_;
  assign _0412_ = _0411_ ^ _0381_;
  assign _0414_ = _0412_ ^ _0378_;
  assign _0415_ = _0298_ & _0253_;
  assign _0416_ = ~((_0415_ & _0362_) | _0182_);
  assign _0417_ = _0416_ ^ _0414_;
  assign _0418_ = _0417_ ^ _0377_;
  assign _0419_ = _0418_ ^ _0376_;
  assign _0420_ = ~(_0419_ ^ _0373_);
  assign _0421_ = _0224_ ^ W;
  assign _0422_ = _0208_ ^ _0171_;
  assign _0423_ = _0422_ | _0421_;
  assign _0425_ = _0261_ ^ _0225_;
  assign _0426_ = _0421_ & X;
  assign _0427_ = ~((_0426_ | _0425_) & (_0423_ | X));
  assign _0428_ = _0262_ & W;
  assign _0429_ = _0428_ ^ _0308_;
  assign _0430_ = _0429_ | _0427_;
  assign _0431_ = ~((_0420_ & _0372_) | _0430_);
  assign _0432_ = ~((_0370_ | _0309_) & _0431_);
  assign _0433_ = ~(_0371_ | _0309_);
  assign _0434_ = _0433_ | _0420_;
  assign _0436_ = E ^ C;
  assign _0437_ = _0436_ ^ H;
  assign _0438_ = _0437_ ^ K;
  assign _0439_ = _0438_ ^ L;
  assign _0440_ = _0439_ ^ _0215_;
  assign _0441_ = ~(_0440_ | _0182_);
  assign _0442_ = ~(_0439_ | _0215_);
  assign _0443_ = _0438_ & L;
  assign _0444_ = _0436_ & H;
  assign _0445_ = _0437_ & K;
  assign _0447_ = _0445_ | _0444_;
  assign _0448_ = E ^ D;
  assign _0449_ = C ? _0048_ : _0448_;
  assign _0450_ = _0449_ ^ G;
  assign _0451_ = _0450_ ^ _0447_;
  assign _0452_ = _0451_ ^ _0443_;
  assign _0453_ = _0452_ ^ _0232_;
  assign _0454_ = _0453_ ^ O;
  assign _0455_ = _0454_ ^ _0442_;
  assign _0456_ = _0455_ ^ _0806_;
  assign _0458_ = ~(_0456_ & _0441_);
  assign _0459_ = ~_0458_;
  assign _0460_ = _0454_ & _0442_;
  assign _0461_ = ~(_0452_ | _0232_);
  assign _0462_ = _0453_ & O;
  assign _0463_ = _0462_ | _0461_;
  assign _0464_ = ~L;
  assign _0465_ = _0451_ & _0443_;
  assign _0466_ = ~(_0465_ | _0464_);
  assign _0467_ = _0450_ & _0444_;
  assign _0469_ = ~G;
  assign _0470_ = _0449_ | _0469_;
  assign _0471_ = _0278_ ^ A;
  assign _0472_ = ~((_0048_ & _0234_) | _0009_);
  assign _0473_ = _0472_ ^ _0471_;
  assign _0474_ = _0473_ ^ _0567_;
  assign _0475_ = _0474_ ^ _0470_;
  assign _0476_ = _0475_ ^ _0467_;
  assign _0477_ = _0476_ ^ _0336_;
  assign _0478_ = ~(_0450_ & _0445_);
  assign _0480_ = _0478_ & K;
  assign _0481_ = _0480_ ^ _0477_;
  assign _0482_ = _0481_ ^ _0466_;
  assign _0483_ = _0482_ ^ _0463_;
  assign _0484_ = _0483_ ^ P;
  assign _0485_ = ~(_0484_ ^ _0460_);
  assign _0486_ = _0485_ & _0459_;
  assign _0487_ = ~_0454_;
  assign _0488_ = ~(_0487_ | _0439_);
  assign _0489_ = ~((_0484_ & _0488_) | _0215_);
  assign _0491_ = ~(_0483_ & P);
  assign _0492_ = ~((_0482_ & _0453_) | _0203_);
  assign _0493_ = ~((_0477_ | _0335_) & _0478_);
  assign _0494_ = ~_0449_;
  assign _0495_ = _0474_ & _0494_;
  assign _0496_ = _0495_ | _0469_;
  assign _0497_ = _0473_ | _0567_;
  assign _0498_ = ~(_0472_ & _0471_);
  assign _0499_ = _0498_ & E;
  assign _0500_ = _0011_ & C;
  assign _0502_ = _0500_ ^ _0045_;
  assign _0503_ = _0502_ ^ _0499_;
  assign _0504_ = _0503_ ^ _0497_;
  assign _0505_ = _0504_ ^ _0496_;
  assign _0506_ = _0475_ & _0467_;
  assign _0507_ = ~((_0476_ & I) | _0506_);
  assign _0508_ = ~(_0507_ ^ _0505_);
  assign _0509_ = _0508_ ^ _0493_;
  assign _0510_ = _0509_ ^ _0464_;
  assign _0511_ = ~(_0480_ ^ _0477_);
  assign _0513_ = ~((_0511_ & L) | _0465_);
  assign _0514_ = ~(_0513_ ^ _0510_);
  assign _0515_ = _0514_ ^ M;
  assign _0516_ = ~(_0482_ & _0461_);
  assign _0517_ = _0516_ ^ _0515_;
  assign _0518_ = ~(_0517_ ^ _0492_);
  assign _0519_ = _0518_ ^ _0491_;
  assign _0520_ = ~(_0519_ ^ _0489_);
  assign _0521_ = ~(_0455_ | _0806_);
  assign _0522_ = ~(_0485_ & _0521_);
  assign _0524_ = ~(_0522_ & R);
  assign _0525_ = _0524_ ^ _0520_;
  assign _0526_ = _0525_ & _0486_;
  assign _0527_ = ~((_0520_ | _0806_) & _0522_);
  assign _0528_ = ~((_0518_ & _0483_) | _0314_);
  assign _0529_ = ~M;
  assign _0530_ = ~(_0514_ | _0529_);
  assign _0531_ = ~(_0481_ & _0465_);
  assign _0532_ = ~((_0509_ | _0511_) & L);
  assign _0533_ = ~((_0531_ | _0510_) & _0532_);
  assign _0535_ = _0508_ & _0493_;
  assign _0536_ = _0505_ & _0506_;
  assign _0537_ = ~(_0504_ | _0496_);
  assign _0538_ = ~(_0503_ | _0497_);
  assign _0539_ = ~((_0502_ & E) | (_0472_ & _0471_));
  assign _0540_ = _0010_ | A;
  assign _0541_ = _0010_ & A;
  assign _0542_ = ~((_0541_ | C) & _0540_);
  assign _0543_ = ~(D & C);
  assign _0544_ = ~((_0543_ & _0011_) | B);
  assign _0546_ = ~((_0542_ & _0048_) | _0544_);
  assign _0547_ = _0546_ ^ _0009_;
  assign _0548_ = _0547_ ^ _0539_;
  assign _0549_ = _0548_ ^ _0538_;
  assign _0550_ = _0549_ ^ _0537_;
  assign _0551_ = ~(_0550_ ^ _0536_);
  assign _0552_ = ~(_0505_ & _0476_);
  assign _0553_ = ~(_0552_ & I);
  assign _0554_ = _0553_ ^ _0551_;
  assign _0555_ = _0554_ ^ _0535_;
  assign _0557_ = _0555_ ^ _0533_;
  assign _0558_ = _0557_ ^ _0530_;
  assign _0559_ = ~_0482_;
  assign _0560_ = ~(_0559_ | _0452_);
  assign _0561_ = ~((_0560_ & _0515_) | _0232_);
  assign _0562_ = ~(_0561_ ^ _0558_);
  assign _0563_ = ~((_0517_ & _0492_) | _0203_);
  assign _0564_ = ~(_0563_ ^ _0562_);
  assign _0565_ = ~(_0564_ ^ _0528_);
  assign _0566_ = ~((_0519_ & _0489_) | _0215_);
  assign _0568_ = ~(_0566_ ^ _0565_);
  assign _0569_ = _0568_ ^ R;
  assign _0570_ = _0569_ ^ _0527_;
  assign _0571_ = ~(_0570_ ^ _0526_);
  assign _0572_ = _0525_ ^ _0486_;
  assign _0573_ = _0456_ ^ _0441_;
  assign _0574_ = ~(_0459_ | _0521_);
  assign _0575_ = ~(_0574_ ^ _0485_);
  assign _0576_ = _0575_ | _0573_;
  assign _0577_ = _0576_ & T;
  assign _0579_ = ~(_0577_ & _0572_);
  assign _0580_ = _0579_ & T;
  assign _0581_ = _0580_ ^ _0571_;
  assign _0582_ = _0581_ | _0802_;
  assign _0583_ = _0573_ ^ _0171_;
  assign _0584_ = ~(_0583_ | _0802_);
  assign _0585_ = ~_0584_;
  assign _0586_ = ~(_0573_ | _0171_);
  assign _0587_ = ~(_0586_ ^ _0575_);
  assign _0588_ = ~(_0587_ | _0585_);
  assign _0590_ = ~_0588_;
  assign _0591_ = ~(_0577_ ^ _0572_);
  assign _0592_ = _0591_ | _0802_;
  assign _0593_ = _0592_ & _0590_;
  assign _0594_ = _0581_ & _0802_;
  assign _0595_ = ~((_0594_ | _0593_) & _0582_);
  assign _0596_ = ~((_0571_ | _0171_) & _0579_);
  assign _0597_ = _0570_ & _0526_;
  assign _0598_ = _0568_ & R;
  assign _0599_ = _0569_ & _0527_;
  assign _0600_ = _0599_ | _0598_;
  assign _0601_ = ~(_0519_ & _0489_);
  assign _0602_ = ~((_0565_ | _0215_) & _0601_);
  assign _0603_ = _0564_ & _0528_;
  assign _0604_ = ~(_0517_ & _0492_);
  assign _0605_ = ~((_0562_ | _0203_) & _0604_);
  assign _0606_ = _0555_ & _0533_;
  assign _0607_ = _0554_ & _0535_;
  assign _0608_ = ~(_0550_ & _0536_);
  assign _0609_ = _0549_ & _0537_;
  assign _0612_ = _0503_ | _0473_;
  assign _0613_ = ~((_0548_ | _0612_) & F);
  assign _0614_ = _0546_ | _0502_;
  assign _0615_ = ~((_0214_ & C) | _0049_);
  assign _0616_ = ~((_0542_ | _0048_) & _0615_);
  assign _0617_ = ~(_0278_ & A);
  assign _0618_ = _0498_ & _0617_;
  assign _0619_ = ~((_0618_ & _0616_) | (_0614_ & _0499_));
  assign _0620_ = _0619_ ^ _0613_;
  assign _0621_ = _0620_ ^ _0609_;
  assign _0623_ = _0621_ & _0608_;
  assign _0624_ = ~((_0552_ & _0551_) | _0336_);
  assign _0625_ = _0624_ ^ _0623_;
  assign _0626_ = _0625_ ^ _0607_;
  assign _0627_ = ~(_0626_ ^ _0606_);
  assign _0628_ = ~(_0557_ & _0530_);
  assign _0629_ = ~(_0561_ & _0558_);
  assign _0630_ = _0629_ & _0628_;
  assign _0631_ = _0630_ ^ _0627_;
  assign _0632_ = _0631_ ^ _0605_;
  assign _0634_ = _0632_ ^ _0603_;
  assign _0635_ = _0634_ ^ _0602_;
  assign _0636_ = _0635_ ^ _0600_;
  assign _0637_ = _0636_ ^ _0597_;
  assign _0638_ = _0637_ ^ _0596_;
  assign _0639_ = _0638_ & _0595_;
  assign _0640_ = _0637_ & _0596_;
  assign _0641_ = _0636_ & _0597_;
  assign _0642_ = _0635_ & _0600_;
  assign _0643_ = _0634_ & _0602_;
  assign _0645_ = _0632_ & _0603_;
  assign _0646_ = _0631_ & _0605_;
  assign _0647_ = ~(_0627_ | _0629_);
  assign _0648_ = _0625_ & _0607_;
  assign _0649_ = _0619_ | _0613_;
  assign _0650_ = _0649_ | _0618_;
  assign _0651_ = ~(_0649_ & _0618_);
  assign _0652_ = ~((_0651_ & _0650_) | (_0620_ & _0609_));
  assign _0653_ = ~((_0624_ & _0621_) | (_0550_ & _0536_));
  assign _0654_ = _0653_ ^ _0652_;
  assign _0656_ = ~(_0654_ ^ _0648_);
  assign _0657_ = ~(_0627_ | _0628_);
  assign _0658_ = ~((_0626_ & _0606_) | _0657_);
  assign _0659_ = _0658_ ^ _0656_;
  assign _0660_ = _0659_ ^ _0647_;
  assign _0661_ = _0660_ ^ _0646_;
  assign _0662_ = _0661_ ^ _0645_;
  assign _0663_ = _0662_ ^ _0643_;
  assign _0664_ = _0663_ ^ _0642_;
  assign _0665_ = _0664_ ^ _0641_;
  assign _0667_ = _0665_ ^ _0640_;
  assign _0668_ = _0667_ & _0639_;
  assign _0669_ = ~(_0663_ & _0642_);
  assign _0670_ = ~(_0660_ & _0646_);
  assign _0671_ = ~((_0653_ | _0652_) & _0650_);
  assign _0672_ = ~((_0654_ & _0648_) | _0671_);
  assign _0673_ = ~((_0658_ | _0656_) & _0672_);
  assign _0674_ = ~((_0659_ & _0647_) | _0673_);
  assign _0675_ = ~(_0674_ & _0670_);
  assign _0676_ = ~((_0661_ & _0645_) | _0675_);
  assign _0678_ = ~(_0662_ & _0643_);
  assign _0679_ = ~(_0676_ ^ _0678_);
  assign _0680_ = ~(_0679_ & _0669_);
  assign _0681_ = ~((_0676_ | _0669_) & _0680_);
  assign _0682_ = _0664_ & _0641_;
  assign _0683_ = ~((_0665_ & _0640_) | _0682_);
  assign _0684_ = _0683_ ^ _0681_;
  assign _0685_ = _0684_ ^ _0668_;
  assign _0686_ = _0581_ ^ U;
  assign _0687_ = _0686_ ^ _0593_;
  assign _0689_ = _0587_ ^ _0584_;
  assign _0690_ = _0583_ ^ U;
  assign _0691_ = _0440_ ^ _0182_;
  assign _0692_ = ~_0691_;
  assign _0693_ = _0692_ & _0690_;
  assign _0694_ = _0693_ & _0689_;
  assign _0695_ = ~(_0588_ | _0802_);
  assign _0696_ = _0695_ ^ _0591_;
  assign _0697_ = ~((_0696_ & _0694_) | _0160_);
  assign _0698_ = _0697_ & _0687_;
  assign _0700_ = _0638_ ^ _0595_;
  assign _0701_ = _0700_ & _0698_;
  assign _0702_ = ~(_0701_ & _0667_);
  assign _0703_ = _0411_ & _0381_;
  assign _0704_ = _0410_ & _0384_;
  assign _0705_ = ~(_0409_ & _0386_);
  assign _0706_ = _0404_ & _0389_;
  assign _0707_ = _0404_ & _0388_;
  assign _0708_ = _0403_ | _0400_;
  assign _0709_ = ~((_0392_ | _0332_) & _0399_);
  assign _0711_ = _0397_ & _0395_;
  assign _0712_ = ~((_0398_ & _0394_) | _0711_);
  assign _0713_ = _0712_ & _0709_;
  assign _0714_ = _0713_ ^ _0708_;
  assign _0715_ = _0714_ ^ _0707_;
  assign _0716_ = _0715_ ^ _0706_;
  assign _0717_ = _0405_ & _0387_;
  assign _0718_ = _0408_ & _0406_;
  assign _0719_ = ~(_0718_ | _0717_);
  assign _0720_ = _0719_ ^ _0716_;
  assign _0722_ = _0720_ ^ _0705_;
  assign _0723_ = _0722_ | _0704_;
  assign _0724_ = ~(_0722_ & _0704_);
  assign _0725_ = _0720_ | _0705_;
  assign _0726_ = ~(_0716_ & _0718_);
  assign _0727_ = ~(_0713_ | _0708_);
  assign _0728_ = ~((_0715_ & _0706_) | _0727_);
  assign _0729_ = ~((_0716_ & _0717_) | (_0714_ & _0707_));
  assign _0730_ = _0729_ & _0728_;
  assign _0731_ = _0730_ & _0726_;
  assign _0733_ = _0731_ & _0725_;
  assign _0734_ = ~(_0733_ & _0724_);
  assign _0735_ = ~((_0723_ & _0703_) | _0734_);
  assign _0736_ = _0412_ & _0378_;
  assign _0737_ = _0416_ & _0414_;
  assign _0738_ = ~(_0724_ & _0723_);
  assign _0739_ = ~_0738_;
  assign _0740_ = ~(_0736_ | _0703_);
  assign _0741_ = _0740_ ^ _0738_;
  assign _0742_ = ~((_0741_ & _0737_) | (_0739_ & _0736_));
  assign _0744_ = ~((_0742_ | _0735_) & _0702_);
  assign _0745_ = ~(_0744_ | _0685_);
  assign _0746_ = _0417_ & _0377_;
  assign _0747_ = ~(_0746_ | _0737_);
  assign _0748_ = _0747_ ^ _0741_;
  assign _0749_ = ~(_0741_ & _0746_);
  assign _0750_ = ~(_0665_ & _0640_);
  assign _0751_ = ~((_0669_ & _0678_) | _0676_);
  assign _0752_ = ~((_0680_ & _0682_) | _0751_);
  assign _0753_ = ~((_0681_ | _0750_) & _0752_);
  assign _0755_ = ~((_0684_ & _0668_) | _0753_);
  assign _0756_ = _0755_ & _0749_;
  assign _0757_ = _0756_ & _0748_;
  assign _0758_ = _0757_ & _0745_;
  assign _0759_ = _0693_ & V;
  assign _0760_ = _0759_ ^ _0689_;
  assign _0761_ = ~_0760_;
  assign _0762_ = _0691_ ^ V;
  assign _0763_ = _0691_ | _0160_;
  assign _0764_ = _0690_ ? _0692_ : _0763_;
  assign _0766_ = _0764_ & _0762_;
  assign _0767_ = ~((_0766_ | _0761_) & X);
  assign _0768_ = _0759_ & _0689_;
  assign _0769_ = _0768_ ^ _0696_;
  assign _0770_ = ~(_0697_ ^ _0687_);
  assign _0771_ = ~((_0770_ | _0144_) & (_0769_ | _0767_));
  assign _0772_ = ~(_0762_ | X);
  assign _0773_ = ~(_0772_ & _0690_);
  assign _0774_ = ~(_0773_ & _0767_);
  assign _0775_ = _0774_ | _0769_;
  assign _0777_ = ~(_0775_ | _0771_);
  assign _0778_ = ~((_0770_ | _0760_) & _0144_);
  assign _0779_ = _0700_ ^ _0698_;
  assign _0780_ = _0779_ & _0778_;
  assign _0781_ = ~((_0780_ & _0777_) | (_0418_ & _0376_));
  assign _0782_ = _0781_ & _0758_;
  assign _0783_ = _0418_ | _0376_;
  assign _0784_ = _0701_ | _0639_;
  assign _0785_ = _0784_ ^ _0667_;
  assign _0786_ = _0742_ ^ _0735_;
  assign _0788_ = _0779_ & _0771_;
  assign _0789_ = _0788_ | _0786_;
  assign _0790_ = _0789_ | _0785_;
  assign _0791_ = ~((_0783_ & _0373_) | _0790_);
  assign _0792_ = _0791_ & _0782_;
  assign _0793_ = _0792_ & _0434_;
  assign _0794_ = _0793_ & _0432_;
  assign valid = _0794_ & _0201_;
endmodule